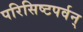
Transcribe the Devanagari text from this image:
परिसिष्टपर्वन्‌